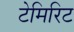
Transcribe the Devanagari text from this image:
टेमिरिट